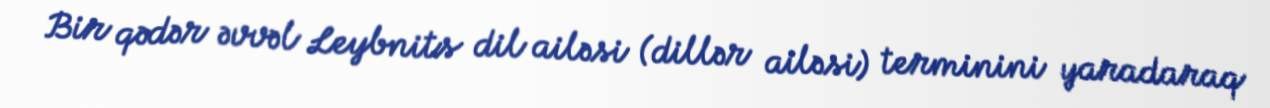
Bir qədər əvvəl Leybnits dil ailəsi (dillər ailəsi) terminini yaradaraq